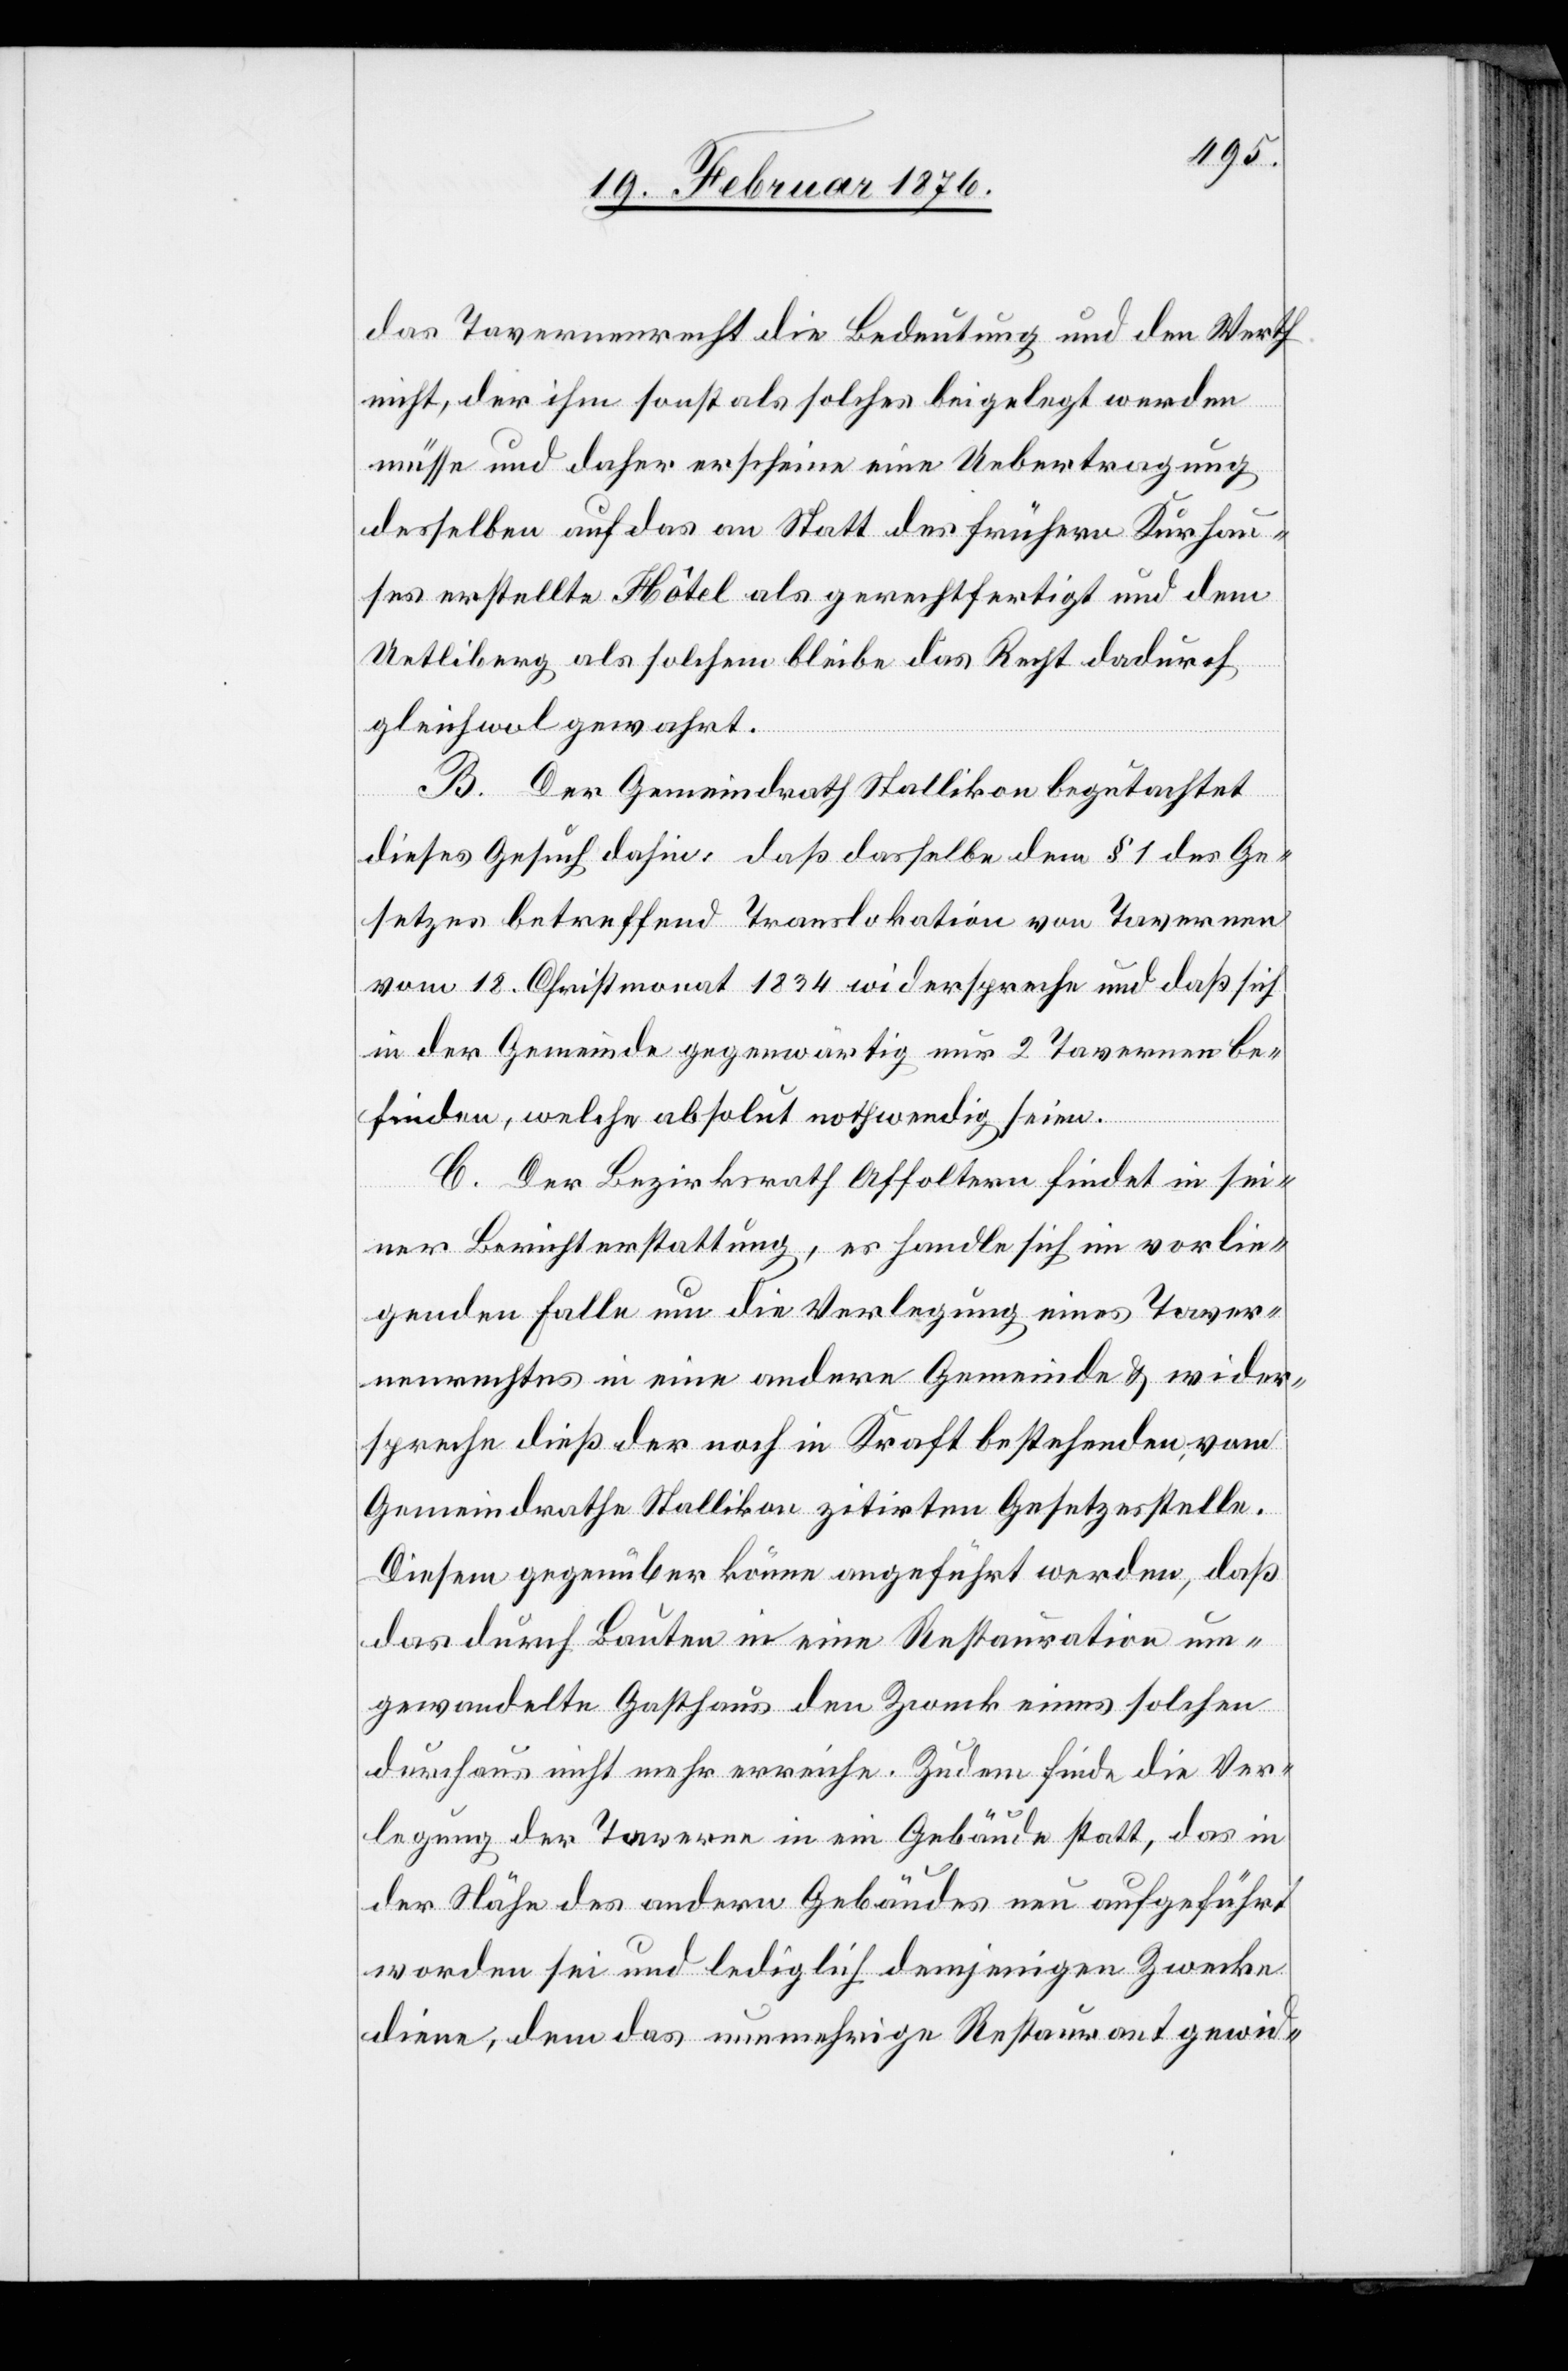
das Tavernenrecht die Bedeutung und den Werth
nicht, der ihm sonst als solches beigelegt werden
müsse und daher erscheine eine Uebertragung
desselben auf das an Statt des frühern Kurhau¬
ses erstellte Hôtel als gerechtfertigt und dem
Uetliberg als solchem bleibe das Recht dadurch
gleichwol gewahrt.
B. Der Gemeindrath Stallikon begutachtet
dieses Gesuch dahin, daß dasselbe dem § 1 des Ge¬
setztes betreffend Translokation von Tavernen
vom 18. Christmonat 1834 widerspreche und daß sich
in der Gemeinde gegenwärtig nur 2 Tavernen be¬
finden, welche absolut nothwendig seien.
C. Der Bezirksrath Affoltern findet in sei¬
ner Berichterstattung, es handle sich im vorlie¬
genden Falle um die Verlagerung eines Taver¬
nenrechtes in eine andere Gemeinde & wider¬
spreche dieß der noch in Kraft bestehenden, vom
Gemeindrathe Stallikon zitirten Gesetzesstelle.
Diesem gegenüber könne angeführt werden, daß
das durch Bauten in eine Restauration um¬
gewandelte Gasthaus den Zweck eines solchen
durchaus nicht mehr erweise. Zudem finde die Ver¬
lagerung der Taverne in ein Gebäude statt, das in
der Höhe des andern Gebäudes neu aufgeführt
worden sei und lediglich demjenigen Zwecke
diene, dem das nunmehrige Restaurant gewid-